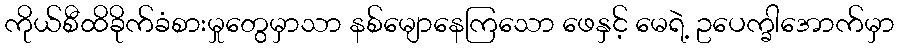
ကိုယ်စီထိခိုက်ခံစားမှုတွေမှာသာ နစ်မျောနေကြသော ဖေနှင့် မေရဲ့ ဥပေက္ခါအောက်မှာ